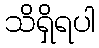
သိရှိရပါ